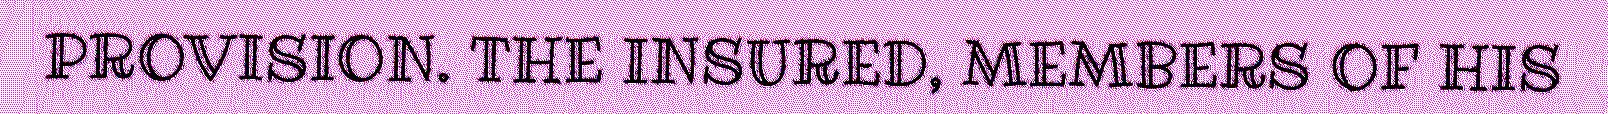
PROVISION. THE INSURED, MEMBERS OF HIS